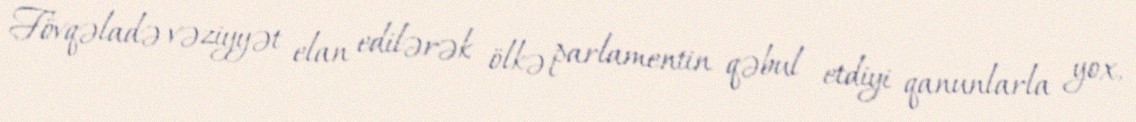
Fövqəladə vəziyyət elan edilərək ölkə parlamentin qəbul etdiyi qanunlarla yox,